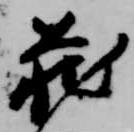
蔵